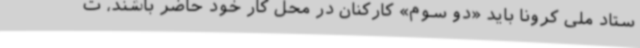
ستاد ملی کرونا باید «دو سوم» کارکنان در محل کار خود حاضر باشند، ت